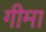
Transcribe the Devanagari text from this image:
गीमा